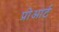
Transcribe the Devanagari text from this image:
प्रोआर्ट